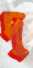
দৃ